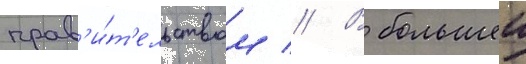
прав'и́т'ельством // В большеи